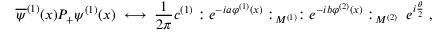
\overline { { { \psi } } } ^ { ( 1 ) } ( x ) P _ { + } \psi ^ { ( 1 ) } ( x ) \; \longleftrightarrow \; \frac { 1 } { 2 \pi } c ^ { ( 1 ) } : e ^ { - i a \varphi ^ { ( 1 ) } ( x ) } : _ { M ^ { ( 1 ) } } : e ^ { - i b \varphi ^ { ( 2 ) } ( x ) } : _ { M ^ { ( 2 ) } } \; e ^ { i \frac { \theta } { 2 } } \; ,